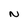
Character: N